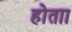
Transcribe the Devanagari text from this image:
होताा